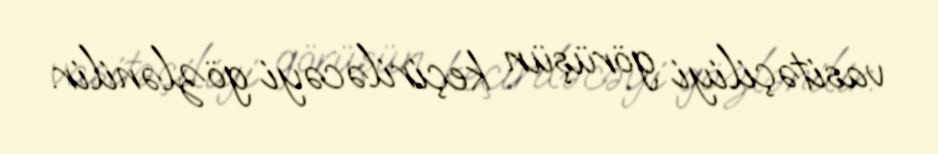
vasitəçiliyi görüşün keçiriləcəyi gözlənilir.